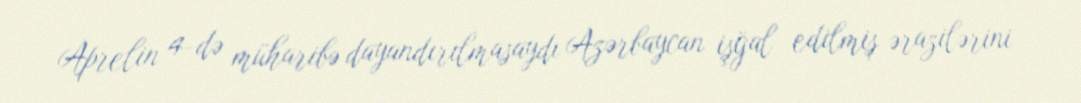
Aprelin 4-də müharibə dayandırılmasaydı Azərbaycan işğal edilmiş ərazilərini